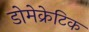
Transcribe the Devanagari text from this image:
डोमेक्रेटिक